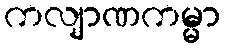
ကလျာဏကမ္မာ